Punjab Mental Hospital Lahore 1932-46 - 1932-1946
Year: 1932
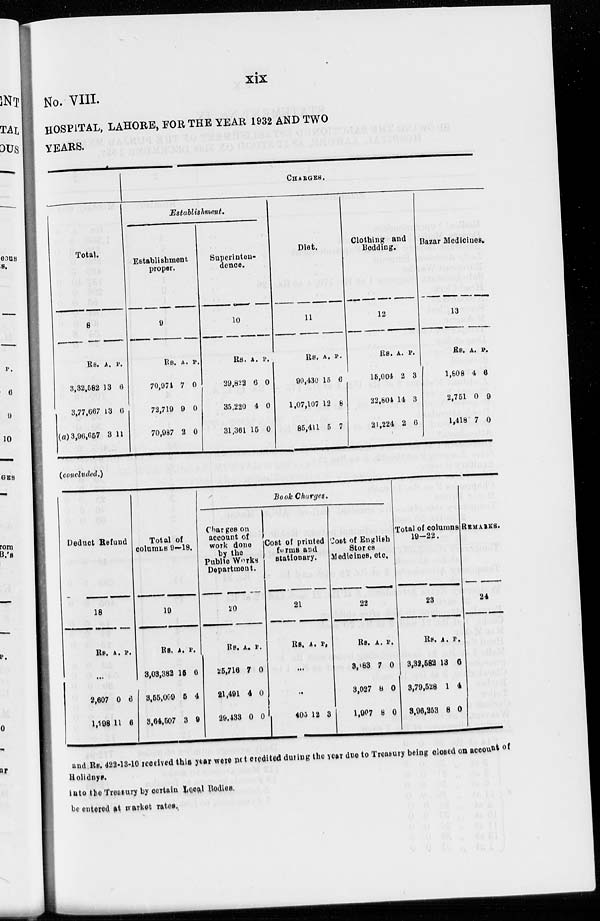
xix
No. VIII.
HOSPITAL, LAHORE, FOR THE YEAR 1932 AND TWO
YEARS.
Total.
8
Rs.
3,32,582
3,77,667
(a) 3,96,657
A.
13
13
3
P.
6
6
11
CHARGES.
Establishment.
Establishment
proper.
9
Rs.
70,974
72,719
70,987
A.
7
9
2
P.
0
0
0
Superinten-
dence.
10
Rs.
29,822
35,220
31,361
A.
6
4
15
P.
0
0
0
Diet.
11
Rs.
90,430
1,07,107
85,411
A.
15
12
5
P.
6
8
7
Clothing and
Bedding.
12
Rs.
15,004
22,804
21,224
A.
2
14
2
P.
3
3
6
Bazar Medicines.
13
Rs.
1,808
2,751
1,418
A.
4
0
7
P.
6
9
0
(concluded.)
Deduct Refund
18
Rs. A. P.
..
2,607
1,298
0
11
6
6
Total of
col umns
9—18.
19
Rs.
3,03,382
3,55,009
3,64,507
A.
15
5
3
P.
6
4
9
Book Charges.
Charges on
account of
work done
by the
Public Works
Department.
20
Rs.
25,716
21,491
29,433
A.
7
4
0
P.
0
0
0
Cost of printed
forms and
stationary.
21
Rs. A. P.
...
...
405 12 3
Cost of English
Stores
Medicines, etc.
22
Rs.
3,183
3,027
1,907
A.
7
8
8
P.
0
0
0
Total of columns
19-22.
23
Rs.
3,32,582
3,79,528
3,96,253
A.
13
1
8
P.
6
4
0
REMARKS.
24
and Rs. 422-13-10 received this year were not creditted during the year due to Treasury being closed on account of
Holidays.
into the Treasury by certain Local Bodies.
be entered at market rates.